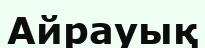
Айрауық